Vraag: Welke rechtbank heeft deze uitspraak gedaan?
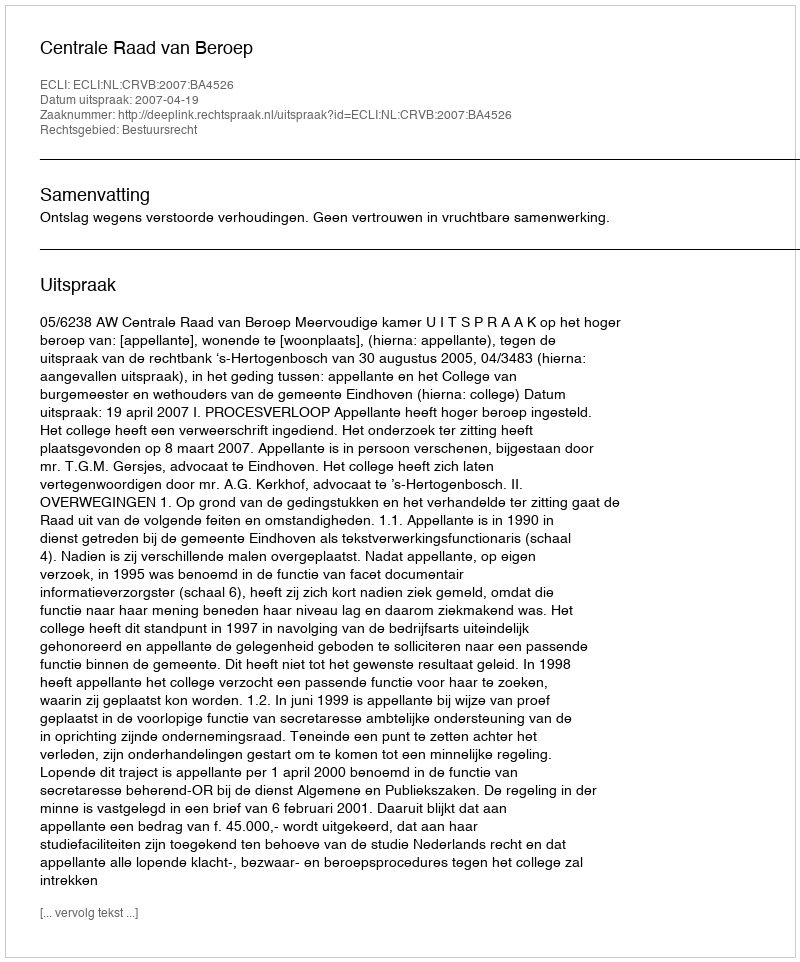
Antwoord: Centrale Raad van Beroep